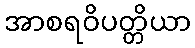
အာစရဝိပတ္တိယာ